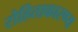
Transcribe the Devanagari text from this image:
रोहिताकारण्य